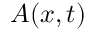
A ( x , t )